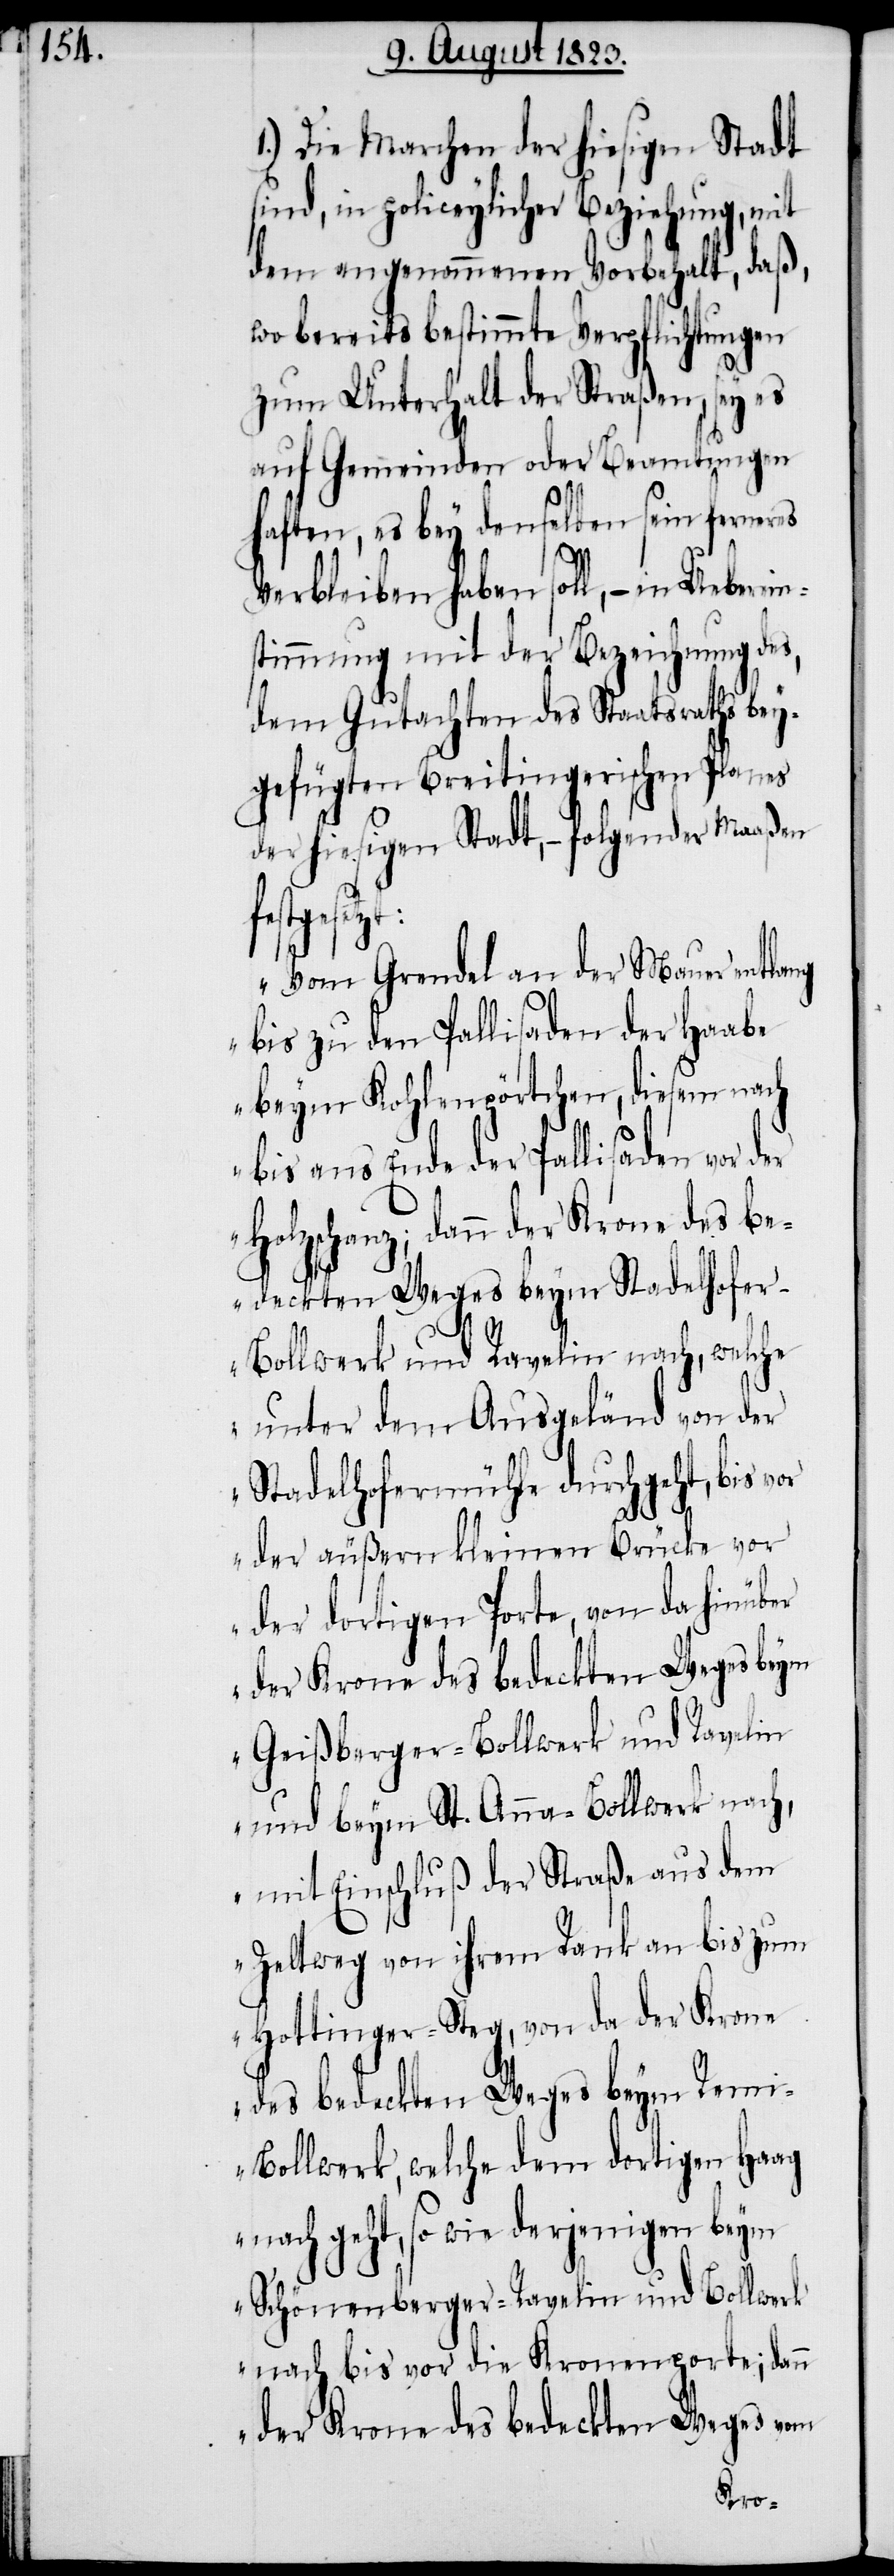
1.) Die Marchen der hiesigen Stadt
sind, in policeylicher Beziehung, mit
dem angenommenen Vorbehalt, daß,
wo bereits bestimmte Verpflichtungen
zum Unterhalt der Straßen, sey es
auf Gemeinden oder Beamtungen
haften, es bey denselben sein fern¬
Verbleiben haben soll, − in Ueberein¬
stimmung mit der Bezeichnung des,
dem Gutachten des Staatsraths bey¬
gefügten Breitingerischen Planes
der hiesigen Stadt, − folgender Maaßen
setzt:
„Vom Grendel an der Mauer entlang
bis zu den Pallisaden der Haabe
beym Kohlenpörtchen, diesem nach
bis ans Ende der Pallisaden vor der
Holzschanz; dann der Krone des be¬
deckten Weges beym Stadelhofe¬
r-Bollwerk und Ravelin nach, welche
unter dem Ausgeländ von der
Stadelhofermühle durchgeht, bis
der äußern kleinen Brücke vor
der dortigen Porte, von da hinüber
der Krone des bedeckten Weges beym
Geißberger-Bollwerk und Ravelin
und beym St. Anna-Bollwerk nach,
mit Einschluß der Straße aus dem
Zeltweg von ihrem Rank an bis zum
Hottinger-Steg, von da der Krone
des bedeckten Weges beym Remi-B¬
ollwerk, welche dem dortigen Haag
nach geht, so wie derjenigen beym
Schönenberger-Ravelin und Bollwerk
nach bis vor die Kronenporte; dann
der Krone des bedeckten Weges vom
eres